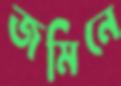
জমিনে